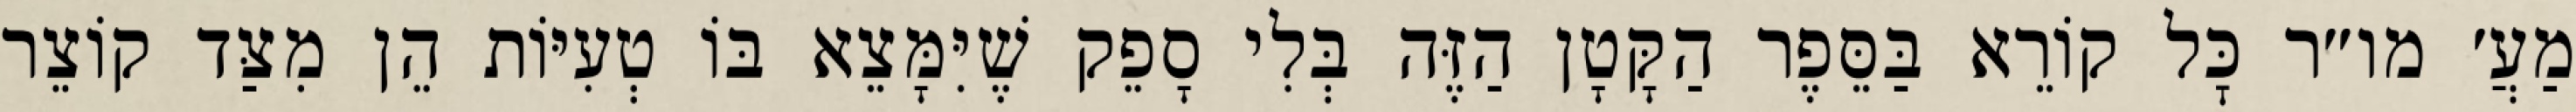
מַעֲ׳ מו״ר כׇּל קוֹרֵא בַּסֵּפֶר הַקָּטָן הַזֶּה בְּלִי סָפֵק שֶׁיִּמָּצֵא בּוֹ טְעִיּוֹת הֵן מִצַּד קוֹצֵר